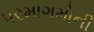
પરમાગમોની